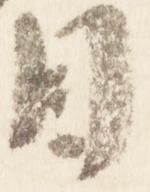
目